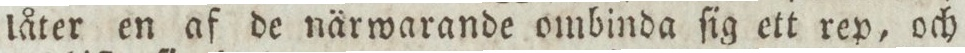
låter en af de närwarande ombinda sig ett rep, och